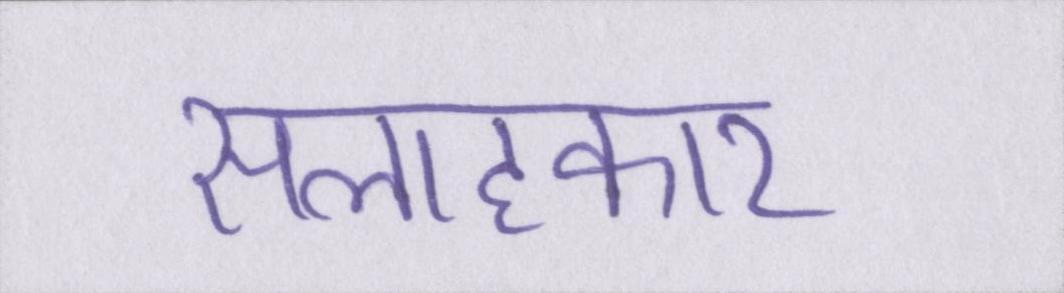
सलाहकार